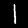
Label: 1